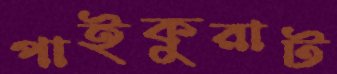
পাইকুরাট